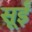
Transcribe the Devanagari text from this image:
सूईं